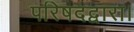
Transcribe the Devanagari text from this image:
परिषदद्वारा।